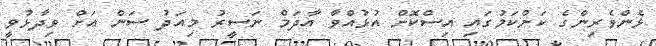
ޅެންވެރިންގެ ކަންކަމުގައި އިސްކޮށް އުޅުއްވާ އާދަމް ނަސީރު މިއަދު ސަން އަށް ވިދާޅުވީ